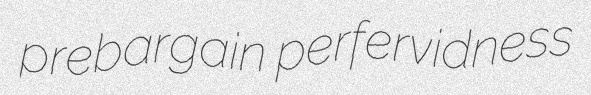
prebargain perfervidness